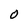
Character: O